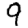
Digit: 9